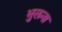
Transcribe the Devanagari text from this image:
भुलना